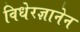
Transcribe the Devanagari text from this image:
विधेरज्ञानेन